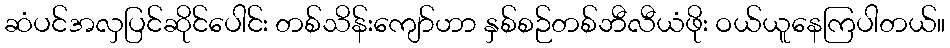
ဆံပင်အလှပြင်ဆိုင်ပေါင်း တစ်သိန်းကျော်ဟာ နှစ်စဉ်တစ်ဘီလီယံဖိုး ဝယ်ယူနေကြပါတယ်။